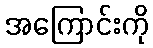
အကြောင်းကို